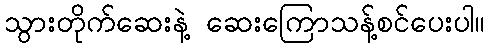
သွားတိုက်ဆေးနဲ့ ဆေးကြောသန့်စင်ပေးပါ။